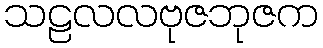
သဠလလဗုဇဘုဇက